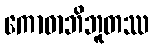
ကောဓာဘိဘူတဿ